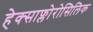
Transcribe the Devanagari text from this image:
हेक्साफ्लोरोसिलिक